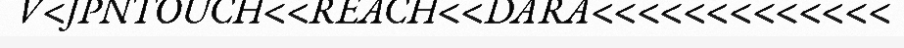
V<JPNTOUCH<<REACH<<DARA<<<<<<<<<<<<<